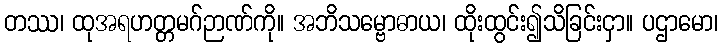
တဿ၊ ထုအရဟတ္တမဂ်ဉာဏ်ကို။ အဘိသမ္ဗောဓာယ၊ ထိုးထွင်း၍သိခြင်းငှာ။ ပဌာမော၊